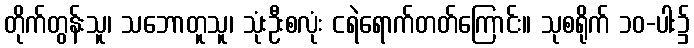
တိုက်တွန်းသူ၊ သဘောတူသူ၊ သုံးဦးစလုံး ငရဲရောက်တတ်ကြောင်း။ သုစရိုက် ၁၀-ပါး၌